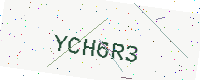
Text: YCH6R3